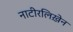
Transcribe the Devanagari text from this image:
नाटीरलिख़ेन